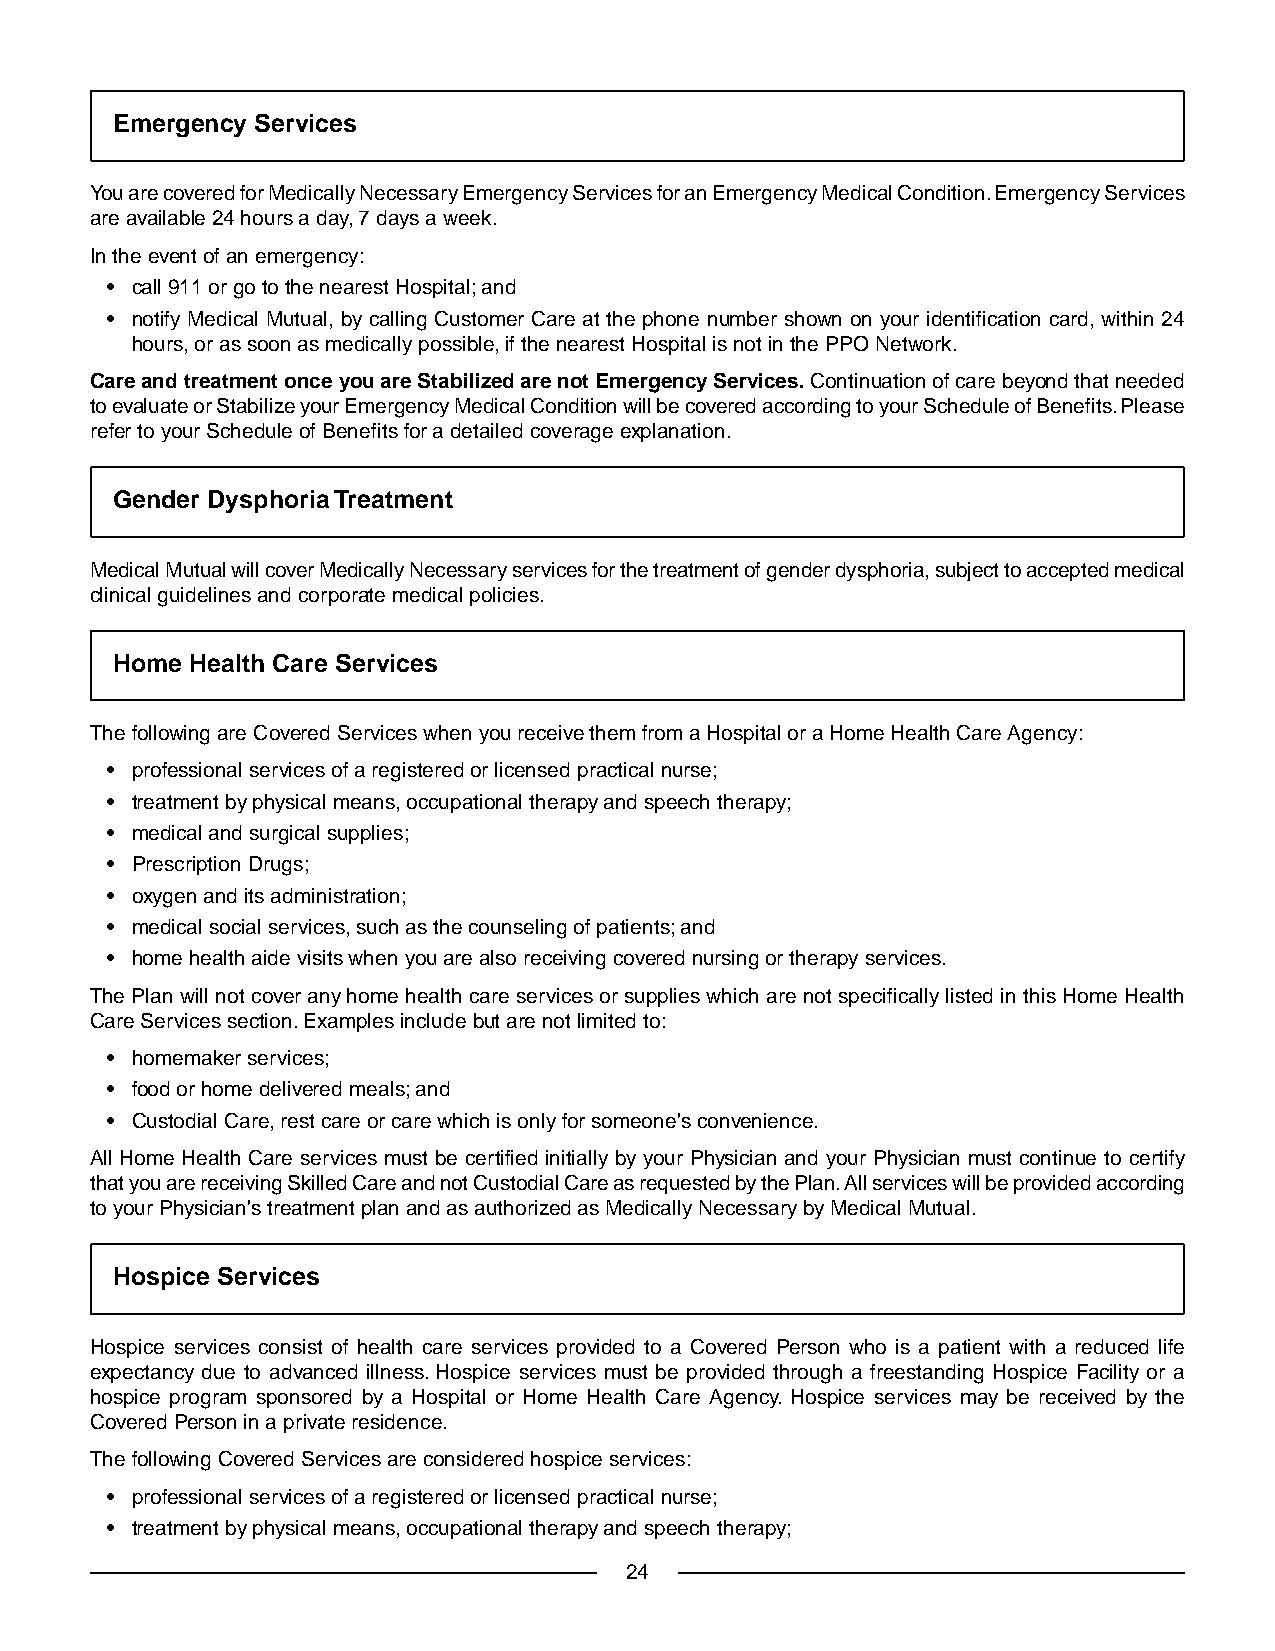
Emergency Services
 You are covered for Medically Necessary Emergency Services for an Emergency Medical Condition. Emergency Services
 are available 24 hours a day, 7 days a week.
 In the event of an emergency:
 • call 911 or go to the nearest Hospital; and
 • notify Medical Mutual, by calling Customer Care at the phone number shown on your identification card, within 24
 hours, or as soon as medically possible, if the nearest Hospital is not in the PPO Network.
 Care and treatment once you are Stabilized are not Emergency Services. Continuation of care beyond that needed
 to evaluate or Stabilize your Emergency Medical Condition will be covered according to your Schedule of Benefits. Please
 refer to your Schedule of Benefits for a detailed coverage explanation.
 Gender Dysphoria Treatment
 Medical Mutual will cover Medically Necessary services for the treatment of gender dysphoria, subject to accepted medical
 clinical guidelines and corporate medical policies.
 Home  Health Care Services
 The following are Covered Services when you receive them from a Hospital or a Home Health Care Agency:
 • professional services of a registered or licensed practical nurse;
 • treatment by physical means, occupational therapy and speech therapy;
 • medical and surgical supplies;
 • Prescription Drugs;
 • oxygen and its administration;
 • medical social services, such as the counseling of patients; and
 • home health aide visits when you are also receiving covered nursing or therapy services.
 The Plan will not cover any home health care services or supplies which are not specifically listed in this Home Health
 Care Services section. Examples include but are not limited to:
 • homemaker services;
 • food or home delivered meals; and
 • Custodial Care, rest care or care which is only for someone's convenience.
 All Home Health Care services must be certified initially by your Physician and your Physician must continue to certify
 that you are receiving Skilled Care and not Custodial Care as requested by the Plan. All services will be provided according
 to your Physician's treatment plan and as authorized as Medically Necessary by Medical Mutual.
 Hospice Services
 Hospice services consist of health care services provided to a Covered Person who is a patient with a reduced life
 expectancy due to advanced illness. Hospice services must be provided through a freestanding Hospice Facility or a
 hospice program sponsored by a Hospital or Home Health Care Agency. Hospice services may be received by the
 Covered Person in a private residence.
 The following Covered Services are considered hospice services:
 • professional services of a registered or licensed practical nurse;
 • treatment by physical means, occupational therapy and speech therapy;
 24